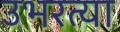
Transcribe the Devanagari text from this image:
उभरत्या